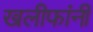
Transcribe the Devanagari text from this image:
खलीफांनी